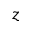
z